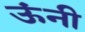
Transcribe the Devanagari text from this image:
ऊंनी